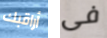
أراقبك فى